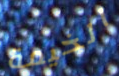
الخيمة